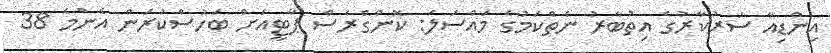
އިންޑިއާ ސަރުކާރުގެ އިތުބާރު ނެތްކަމުގެ މައްސަލަ: ކޮންގްރެސް ޕާޓީއަށް ބަހުސްކުރަން އެންމެ 38